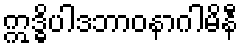
ဣဒ္ဓိပါဒဘာဝနာဂါမိနီ